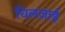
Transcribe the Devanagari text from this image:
घिलज़ाई